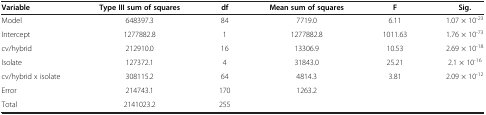
<table><thead><tr><td><b>Variable</b></td><td><b>Type III sum of squares</b></td><td><b>df</b></td><td><b>Mean sum of squares</b></td><td><b>F</b></td><td><b>Sig.</b></td></tr></thead><tbody><tr><td>Model</td><td>648397.3</td><td>84</td><td>7719.0</td><td>6.11</td><td>1.07 × 10<sup>-23</sup></td></tr><tr><td>Intercept</td><td>1277882.8</td><td>1</td><td>1277882.8</td><td>1011.63</td><td>1.76 × 10<sup>-73</sup></td></tr><tr><td>cv/hybrid</td><td>212910.0</td><td>16</td><td>13306.9</td><td>10.53</td><td>2.69 × 10<sup>-18</sup></td></tr><tr><td>Isolate</td><td>127372.1</td><td>4</td><td>31843.0</td><td>25.21</td><td>2.1 × 10<sup>-16</sup></td></tr><tr><td>cv/hybrid x isolate</td><td>308115.2</td><td>64</td><td>4814.3</td><td>3.81</td><td>2.09 × 10<sup>-12</sup></td></tr><tr><td>Error</td><td>214743.1</td><td>170</td><td>1263.2</td><td> </td><td> </td></tr><tr><td>Total</td><td>2141023.2</td><td>255</td><td> </td><td> </td><td> </td></tr></tbody></table>